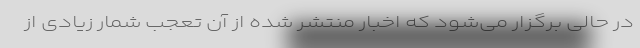
در حالی برگزار می‌‌شود که اخبار منتشر شده از آن تعجب شمار زیادی از